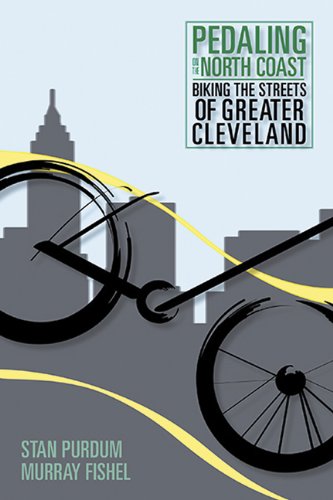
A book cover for Pedaling on the North Coast: Biking the Streets of Cleveland; Stan Purdum; Travel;